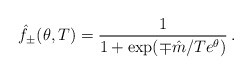
\begin{align*}\hat{f}_{\pm }(\theta ,T)=\frac{1}{1+\exp (\mp \hat{m}/Te^{\theta })}\,.\end{align*}